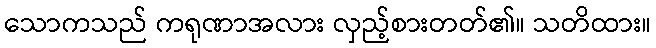
သောကသည် ကရုဏာအလား လှည့်စားတတ်၏။ သတိထား။